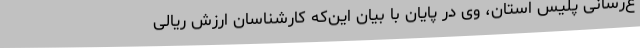
ع‌رسانی پلیس استان، وی در پایان با بیان این‌که کارشناسان ارزش ریالی